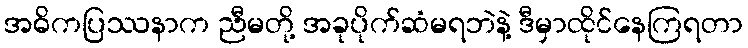
အဓိကပြဿနာက ညီမတို့ အခုပိုက်ဆံမရဘဲနဲ့ ဒီမှာထိုင်နေကြရတာ